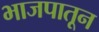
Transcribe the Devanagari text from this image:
भाजपातून